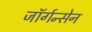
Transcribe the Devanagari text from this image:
जॉर्गन्सेन